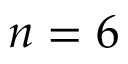
n = 6